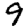
Digit: 9